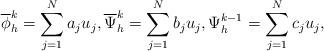
LaTeX: \begin{align*} \overline{\phi}_{h}^{k} = \sum_{j=1}^{N}{a_{j}u_j},\overline{\Psi}_{h}^{k} = \sum_{j=1}^{N}{b_{j}u_j},{\Psi}_{h}^{k-1} = \sum_{j=1}^{N}{c_{j}u_j},\end{align*}